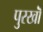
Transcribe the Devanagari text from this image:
पुरखॊं